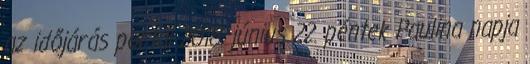
az időjárás portál 2018. június 22. péntek Paulina napja